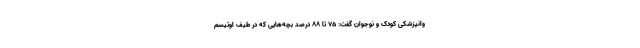
وانپزشکی کودک و نوجوان گفت: ۷۵ تا ۸۸ درصد بچه‌هایی که در طیف اوتیسم